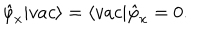
\hat { \varphi } _ { x } | v a c \rangle = \langle v a c | \hat { \varphi } _ { x } = 0 .